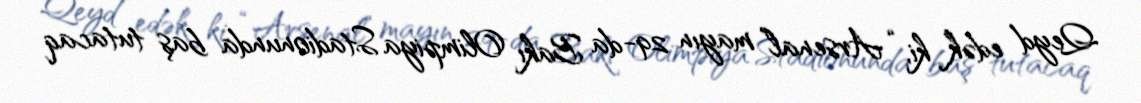
Qeyd edək ki, “Arsenal” mayın 29-da Bakı Olimpiya Stadionunda baş tutacaq